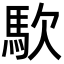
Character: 𮩹